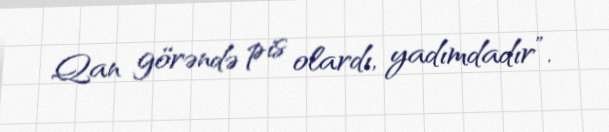
Qan görəndə pis olardı, yadımdadır”.